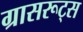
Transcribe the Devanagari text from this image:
ग्रासरूट्स